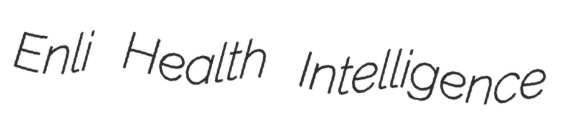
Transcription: Enli Health Intelligence